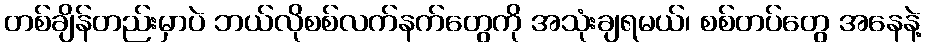
တစ်ချိန်တည်းမှာပဲ ဘယ်လိုစစ်လက်နက်တွေကို အသုံးချရမယ်၊ စစ်တပ်တွေ အနေနဲ့